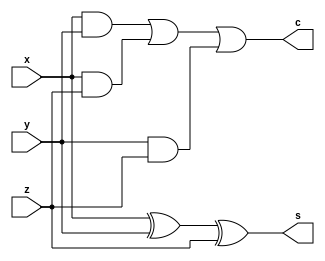
`timescale 1ns / 1ps
//////////////////////////////////////////////////////////////////////////////////
// Company: 
// Engineer: 
// 
// Design Name: 
// Module Name: fadder
// Project Name: 
// Target Devices: 
// Tool Versions: 
// Description: 
// 
// Dependencies: 
// 
// Revision:
// Revision 0.01 - File Created
// Additional Comments:
// 
//////////////////////////////////////////////////////////////////////////////////


module fadder(x, y, z, s, c);
    input x, y, z;
    output s, c;
    
    assign s = x ^ y ^ z;
    assign c = (x & y) | (x & z) | (y & z);
endmodule